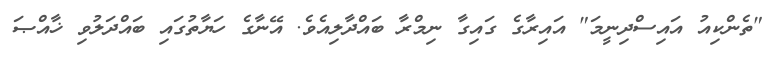
"ތެންކިއު އައިސްދިނީމަ" އައިރާގެ ގައިގާ ނިމްރާ ބައްދާލިއެވެ. އޭނާގެ ހަޔާތުގައި ބައްދަލުވި ޚާއްޞަ